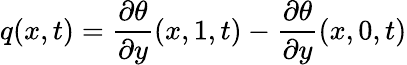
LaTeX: q(x,t)=\frac{\partial\theta}{\partial y}(x,1,t)-\frac{\partial\theta}{\partial y}(x,0,t)